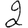
Digit: 2